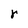
Character: r